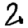
Digit: 2